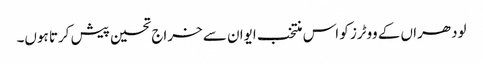
لودھراں کے ووٹرز کو اس منتخب ایوان سے خراج تحسین پیش کرتا ہوں۔